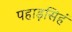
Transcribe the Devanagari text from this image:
पहाड़सिहं